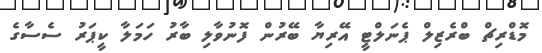
މޮޑްރިޗް ބްރެޒިލް ޕެނަލްޓީ އޭރިޔާ ބޭރުން ފޮނުވާލި ބާރު ހަމަލާ ކީޕަރު ސެސާގެ